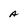
Character: A